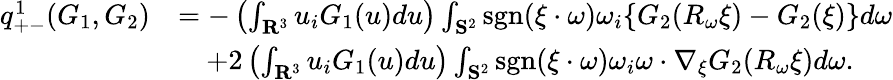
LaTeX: \begin{array}{rl}{q_{+-}^{1}(G_{1},G_{2})}&{=-\left(\int_{\mathbf R^{3}}u_{i}G_{1}(u)du\right)\int_{\mathbf S^{2}}\mathrm{sgn}(\xi\cdot\omega)\omega_{i}\{ G_{2}(R_{\omega}\xi)-G_{2}(\xi)\} d\omega}\\ &{\quad+2\left(\int_{\mathbf R^{3}}u_{i}G_{1}(u)du\right)\int_{\mathbf S^{2}}\mathrm{sgn}(\xi\cdot\omega)\omega_{i}\omega\cdot\nabla_{\xi}G_{2}(R_{\omega}\xi)d\omega.}\end{array}